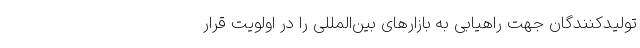
تولیدکنندگان جهت راهیابی به بازارهای بین‌المللی را در اولویت قرار